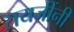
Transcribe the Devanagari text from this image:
रायजींनी